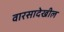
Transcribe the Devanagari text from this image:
वारसादेखील